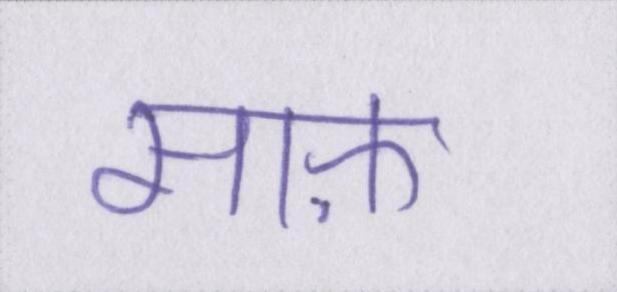
साफ़